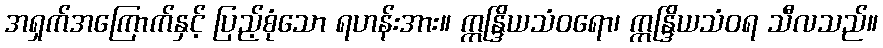
အရှက်အကြောက်နှင့် ပြည့်စုံသော ရဟန်းအား။ ဣန္ဒြိယသံဝရော၊ ဣန္ဒြိယသံဝရ သီလသည်။